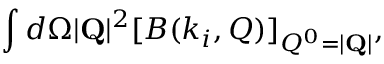
\int d \Omega | { \bf Q } | ^ { 2 } [ B ( k _ { i } , Q ) ] _ { Q ^ { 0 } = | { \bf Q } | } ,